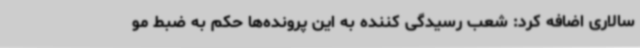
سالاری اضافه کرد: شعب رسیدگی کننده به این پرونده‌ها حکم به ضبط مو